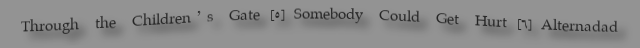
Through the Children’s Gate [۵] Somebody Could Get Hurt [۶] Alternadad